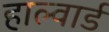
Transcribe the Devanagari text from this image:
हाल्वार्ड